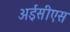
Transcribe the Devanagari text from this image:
अईसीएस